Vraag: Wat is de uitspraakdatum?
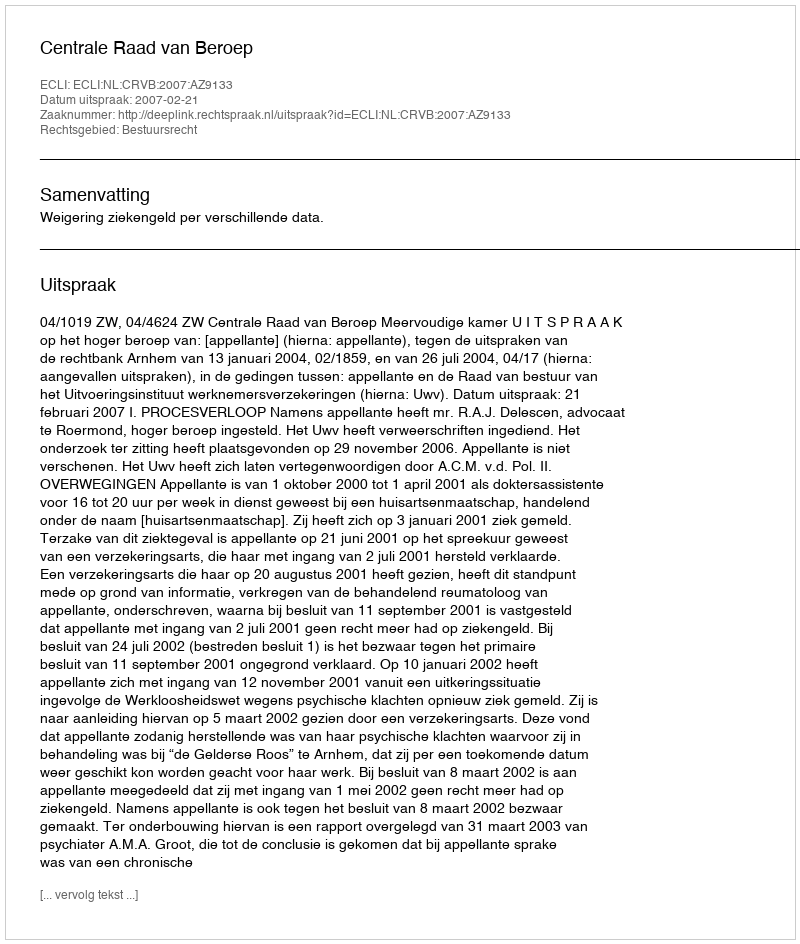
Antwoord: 2007-02-21